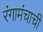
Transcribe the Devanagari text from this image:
रंगामंचाची